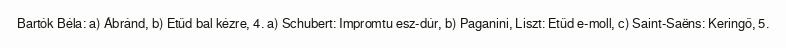
Bartók Béla: a) Ábránd, b) Etűd bal kézre, 4. a) Schubert: Impromtu esz-dúr, b) Paganini, Liszt: Etűd e-moll, c) Saint-Saëns: Keringő, 5.